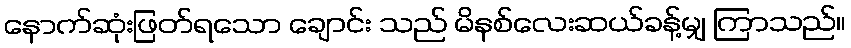
နောက်ဆုံးဖြတ်ရသော ချောင်း သည် မိနစ်လေးဆယ်ခန့်မျှ ကြာသည်။